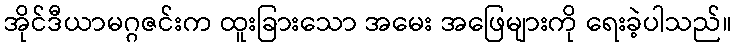
အိုင်ဒီယာမဂ္ဂဇင်းက ထူးခြားသော အမေး အဖြေများကို ရေးခဲ့ပါသည်။